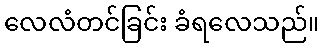
လေလံတင်ခြင်း ခံရလေသည်။